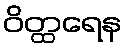
ဝိတ္ထရေန